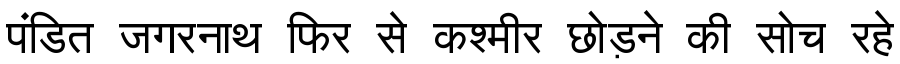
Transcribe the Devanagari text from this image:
पंडित जगरनाथ फिर से कश्मीर छोड़ने की सोच रहे